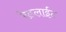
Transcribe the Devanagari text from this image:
रेडलाईट